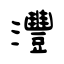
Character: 灃